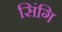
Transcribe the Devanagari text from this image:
सिंगि